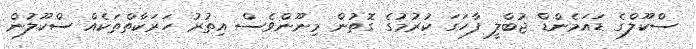
ސްކޫލްގެ ޑައަމެންޑް ޖުބްލީ ފާހަގަ ކުރުމުގެ ގޮތުން މިނޫންވެސް އިތުރު ހަރަކާތްތަކެއް ސްކޫލުން